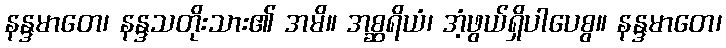
နန္ဒမာတေ၊ နန္ဒသတိုးသား၏ အမိ။ အစ္ဆရိယံ၊ အံ့ဖွယ်ရှိပါပေစွ။ နန္ဒမာတေ၊